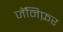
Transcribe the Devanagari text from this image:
जॅनिफ़र